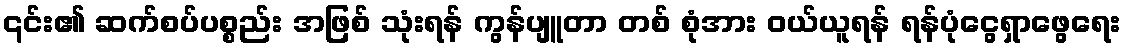
၎င်း၏ ဆက်စပ်ပစ္စည်း အဖြစ် သုံးရန် ကွန်ပျူတာ တစ် စုံအား ဝယ်ယူရန် ရန်ပုံငွေရှာဖွေရေး